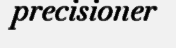
precisioner